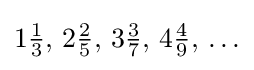
1{\tfrac {1}{3}},\,2{\tfrac {2}{5}},\,3{\tfrac {3}{7}},\,4{\tfrac {4}{9}},\,\ldots